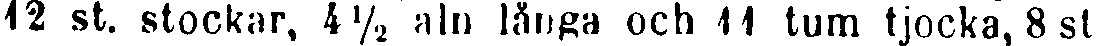
12 st. stockar, 4½ aln långa och 11 tum tjocka, 8 st